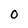
Character: O